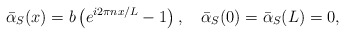
\begin{align*}{\bar \alpha}_S(x) = b \left(e^{i 2 \pi n x / L} -1 \right),\quad{\bar \alpha}_S(0) ={\bar \alpha}_S(L) = 0,\end{align*}